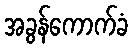
အခွန်ကောက်ခံ